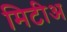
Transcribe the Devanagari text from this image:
मिटीअ